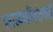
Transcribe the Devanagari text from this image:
फाळणीनंतरही